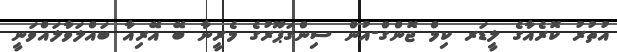
އުތުރު ކޮރެއާގެ ލީޑަރ ކިމް ޖޮންގް-އުން ސިންގަޕޫރުގެ މެރީނާ ބޭ އޭރިއާ ބައްލަވާލައްވަނީ